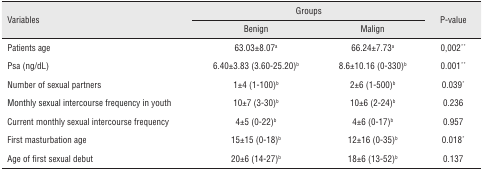
<table><thead><tr><td rowspan="2"><b>Variables</b></td><td colspan="2"><b>Groups</b></td><td rowspan="2"><b>P-value</b></td></tr><tr><td><b>Benign</b></td><td><b>Malign</b></td></tr></thead><tbody><tr><td>Patients age</td><td>63.03±8.07a</td><td>66.24±7.73a</td><td>0,002**</td></tr><tr><td>Psa (ng/dL)</td><td>6.40±3.83 (3.60-25.20)b</td><td>8.6±10.16 (0-330)b</td><td>0.001**</td></tr><tr><td>Number of sexual partners</td><td>1±4 (1-100)b</td><td>2±6 (1-500)b</td><td>0.039*</td></tr><tr><td>Monthly sexual intercourse frequency in youth</td><td>10±7 (3-30)b</td><td>10±6 (2-24)b</td><td>0.236</td></tr><tr><td>Current monthly sexual intercourse frequency</td><td>4±5 (0-22)b</td><td>4±6 (0-17)b</td><td>0.957</td></tr><tr><td>First masturbation age</td><td>15±15 (0-18)b</td><td>12±16 (0-35)b</td><td>0.018*</td></tr><tr><td>Age of first sexual debut</td><td>20±6 (14-27)b</td><td>18±6 (13-52)b</td><td>0.137</td></tr></tbody></table>